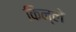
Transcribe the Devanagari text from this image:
किन्ले